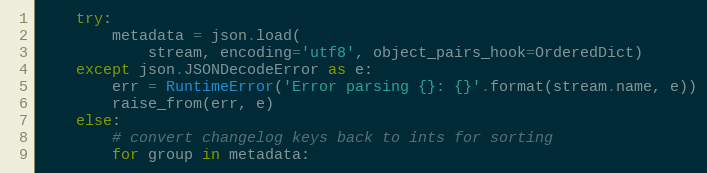
Language: Python
    try:
        metadata = json.load(
            stream, encoding='utf8', object_pairs_hook=OrderedDict)
    except json.JSONDecodeError as e:
        err = RuntimeError('Error parsing {}: {}'.format(stream.name, e))
        raise_from(err, e)
    else:
        # convert changelog keys back to ints for sorting
        for group in metadata: